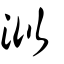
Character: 泤